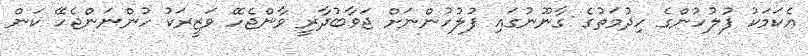
އެކަމަކު ފުލުހުންގެ ހިދުމަތުގެ ގާނޫނުގައި ފުލުހުންނަށް ޖަވާބުދާރީ ވާންޖެހޭ ވަޒީރަކު ހުންނަންޖެހޭ ކަން